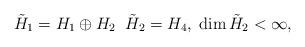
LaTeX: \begin{align*} \tilde H_{1}=H_{1}\oplus H_{2}\;\;\tilde H_{2}=H_{4}, \; \dim \tilde H_{2}<\infty,\end{align*}